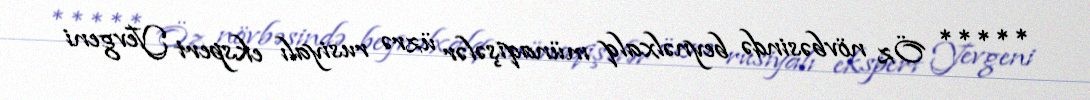
***** Öz növbəsində beynəlxalq münaqişələr üzrə rusiyalı ekspert Yevgeni